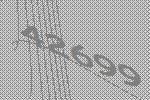
42699